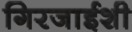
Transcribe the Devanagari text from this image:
गिरजाईशी